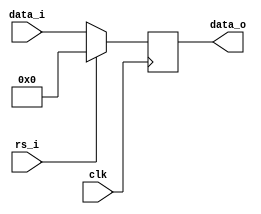
module reg32bit (
    input clk, // clock de entrada
    input rs_i, // entrada de reset sncrono
    input [31:0] data_i, // valor de entrada
    output reg [31:0] data_o // valor de sada
);
    /* A cada borda de clock devemos verificar se o reset est ativo, caso esteja
    resetamos o valor do registrador, caso no esteja, apenas passamos o valor da entrada
    para dentro do registrador */
    always @(posedge clk) begin
      if (rs_i) begin
        data_o <= 32'h00000000;
      end
      else begin
        data_o <= data_i;
      end
    end

endmodule